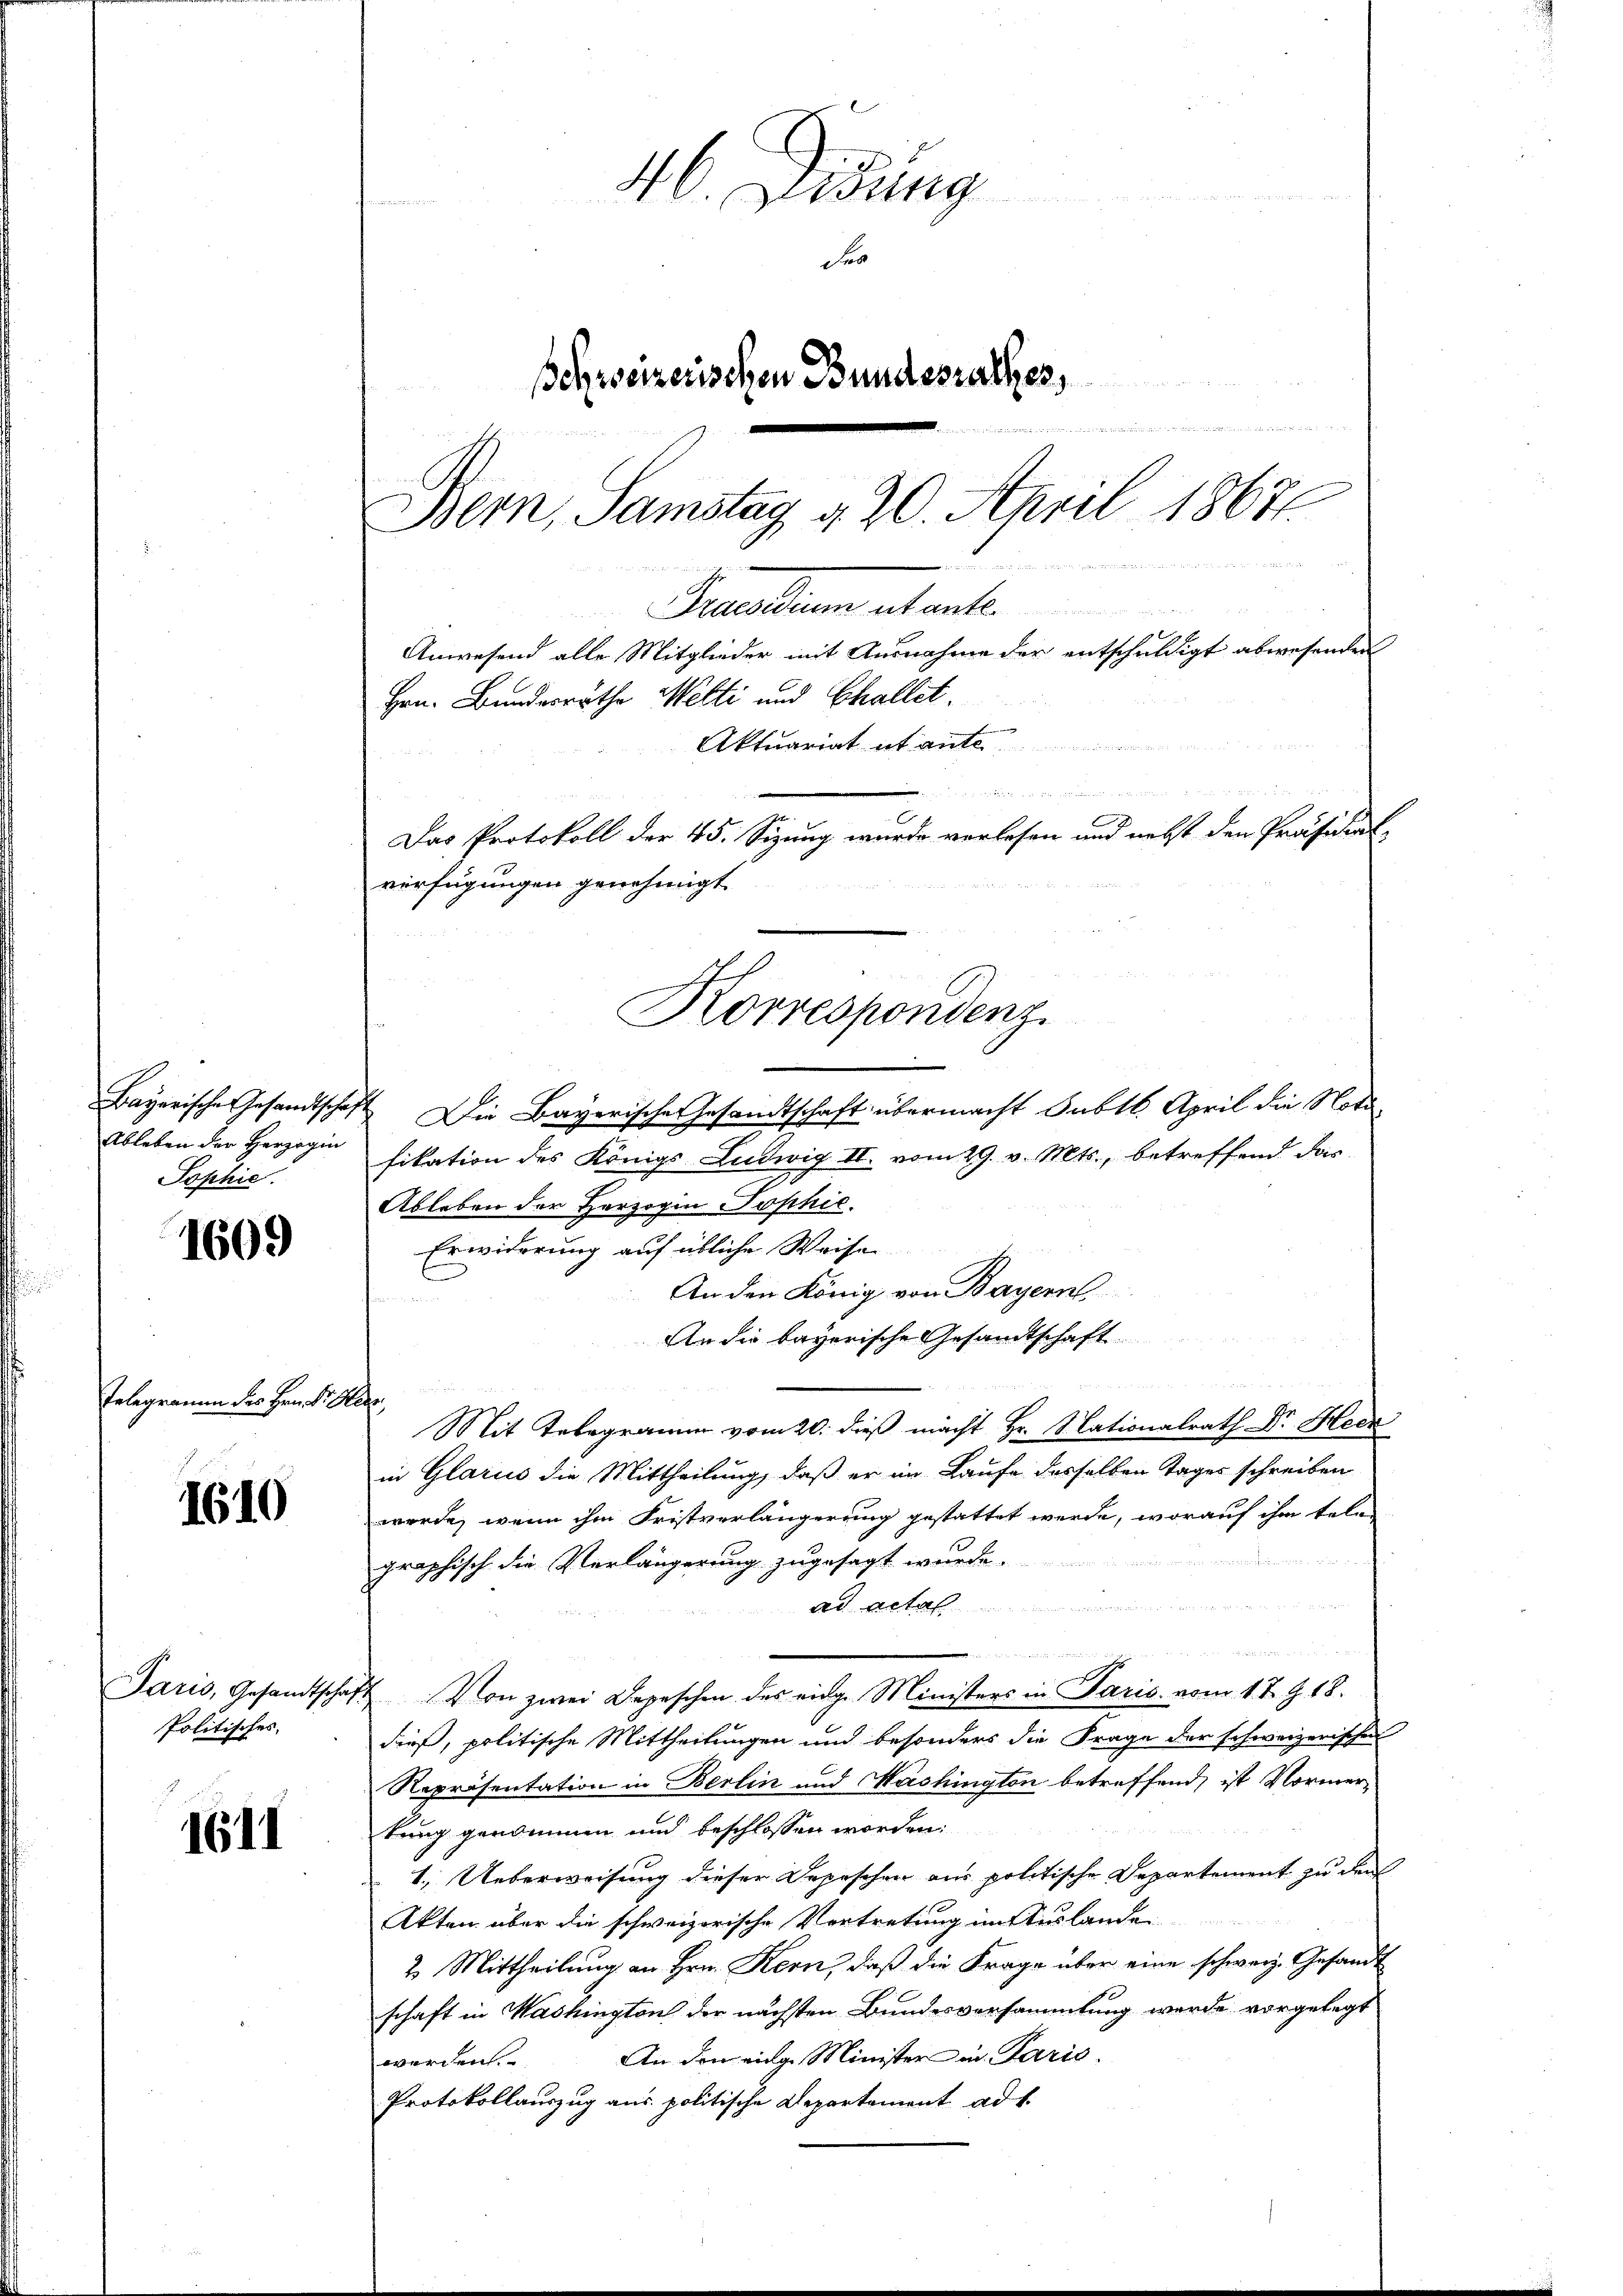
Ableben der Herzogin
Sophie.

1609

Telegramm des Hrn. Fr. Glade,

1610

Politisches

1611

46. Didung
Fes
schweizerischen Bundesrathes,
  , in den in den und in a
Bern, Samstag a 20. April 18676.
 Tanten

Anwesend alle Mitglieder mit Ausnahme der entschuldigt abwesenden
Aktuariat it auf
Das Protokoll der 45. Sizung wurde vorlesen und nebst den Präsidial-

Bayerische Gesandtschaft. Die Bayerische Gesandtschaft übermacht Subtl. April die Notafikation des Königs Ludwig II. vom 29. v. Mts., betreffend dar
Ableben der Herzogin Sophie.
Erwiderung auf übliche Weise
An den König von Bayern
An die bayerische Gesandtschaft
u
Mit Telegramm vom 20. dieß macht Hr. Nationalrath Dr. Heck
in Glarus die Mittheilung, daß er im Laufe desselben Tages schreiben
werde, wenn ihm Fristverlängerung gestattet werde, worauf ihm tele
graphisch die Verlängerung zugesagt wurde.
ad acta
u
ite vernen mit mehren von
Jaris, Gesandtschaft. Von zwei Depeschen des eidge Ministers in Paris vom 17. J. 18.
dieß, politische Mittheilungen und besonders die Frage der schweizerischen
Repräsentation in Berlin und Washington betreffend, ist Vormertung genommen und beschlossen worden:
1. Ueberweisung dieser Depeschen aus politische Departement zu den
Akten über die schweizerische Vortretung im Auslande
2. Mittheilung an Hrn. Kern, daß die Frage über eine schweiz. Gesandt
schaft in Washington der nächsten Bundesversammlung werde vorgelegt
An den einge Minister in Paris.
worden
Protokollauszug aus politische Departement ad 1.

Parcellen stante
Hrn. Bundesräthe Welti und Challet.
n
verfügungen genehmigt.
Korrespondenz